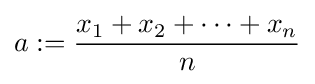
a:={\frac {x_{1}+x_{2}+\cdots +x_{n}}{n}}